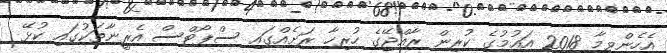
އެހެންވީމާ 2018 އައުމުގެ ކުރިން ރާއްޖޭގެ ހުރިހާ ރަށެއްގައި ސްޕޯޓްސް އެރީނާތަކުގައި ކުޅޭ